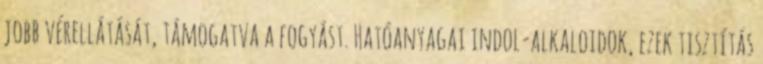
jobb vérellátását, támogatva a fogyást. Hatóanyagai indol-alkaloidok, ezek tisztítás